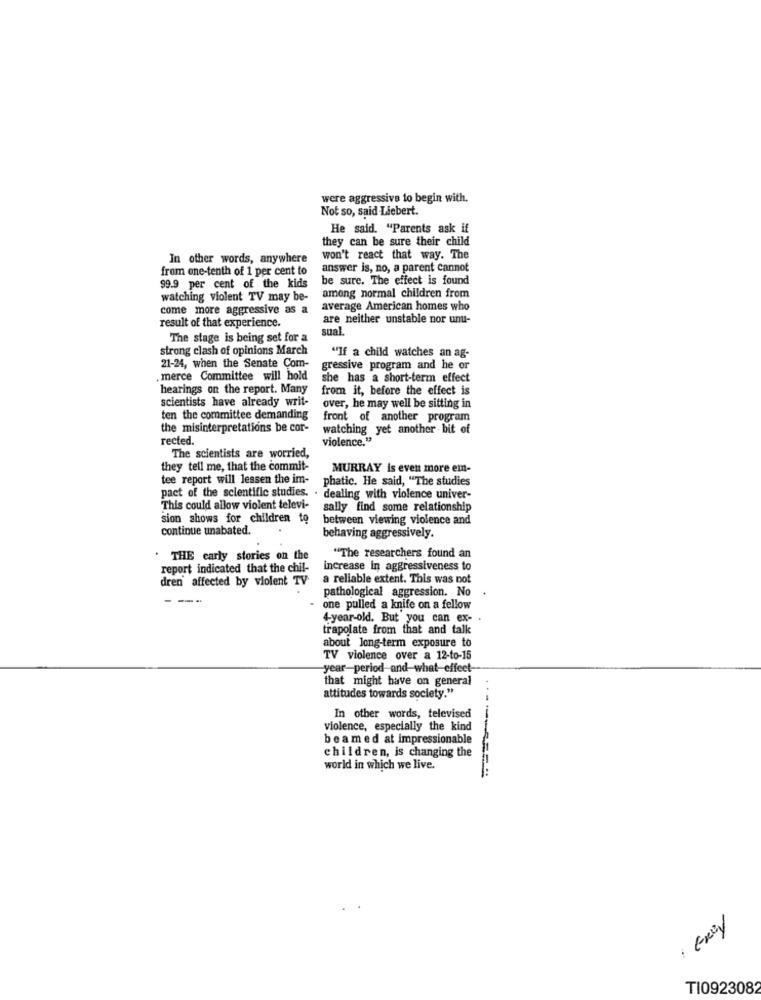
were aggressive to begin with.
Not so, said Liebert.
He said. "Parents ask if
they can be sure their child
In other words, anywhere
won't react that way. The
from one-tenth of 1 per cent to
answer is, no, a parent cannot
be sure. The effect is found
99.9 per cent of the kids
among normal children from
watching violent TV may be-
come more aggressive as a
average American homes who
are neither unstable nor unu-
result of that experience.
sual
The stage is being set for a
strong clash of opinions March
"If a child watches an ag-
21-24, when the Senate Com-
gressive program and he or
.merce Committee will hold
she has a short-term effect
hearings on the report. Many
from it, before the effect is
scientists have already writ-
over, he may well be sitting in
ten the committee demanding
front of another program
the misinterpretations be cor-
watching yet another bit of
rected.
violence."
The scientists are worried,
they tell me, that the commit-
MURRAY Is even more em-
tee report will lessen the im-
phatic. He said, "The studies
pact of the scientific studies. . dealing with violence univer-
This could allow violent televi-
sally find some relationship
sion shows for children to
between viewing violence and
continue unabated.
behaving aggressively.
. THE carly stories on the
"The researchers found an
report indicated that the chil-
increase in aggressiveness to
dren affected by violent TV
a reliable extent. This was not
pathological aggression. No
---
- one pulled a knife on a fellow
4-year-old. But you can ex-
trapolate from that and talk
about long-term exposure to
TV violence over a 12-to-15
year-period-and-what-effect-
that might have on general
attitudes towards society."
In other words, televised
violence, especially the kind
beamed at impressionable
children, is changing the
world in which we live.
: Grey
TI0923082